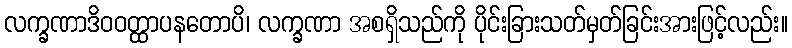
လက္ခဏာဒိဝဝတ္ထာပနတောပိ၊ လက္ခဏာ အစရှိသည်ကို ပိုင်းခြားသတ်မှတ်ခြင်းအားဖြင့်လည်း။